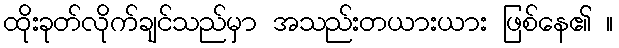
ထိုးခုတ်လိုက်ချင်သည်မှာ အသည်းတယားယား ဖြစ်နေ၏ ။